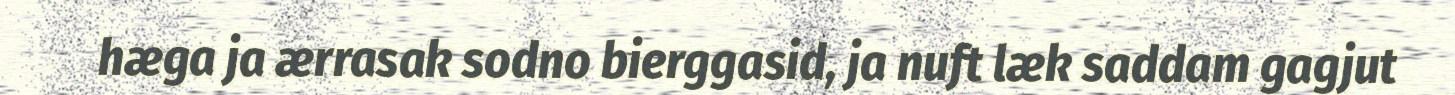
hæga ja ærrasak sodno bierggasid, ja nuft læk saddam gagjut